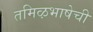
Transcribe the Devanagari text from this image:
तमिऴभाषेची